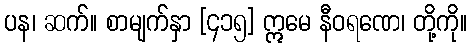
ပန၊ ဆက်။ စာမျက်နှာ [၄၁၅] ဣမေ နီဝရဏေ၊ တို့ကို။